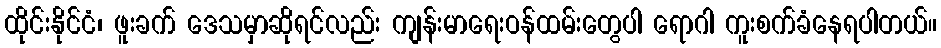
ထိုင်းနိုင်ငံ၊ ဖူးခက် ဒေသမှာဆိုရင်လည်း ကျန်းမာရေးဝန်ထမ်းတွေပါ ရောဂါ ကူးစက်ခံနေရပါတယ်။